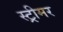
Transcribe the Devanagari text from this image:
स्ट्रीमर